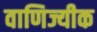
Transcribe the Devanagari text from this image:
वाणिज्यीक